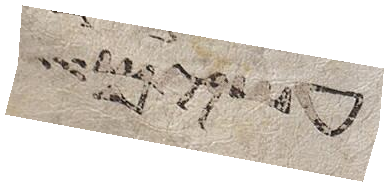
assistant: עשים